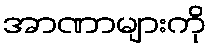
အာဏာများကို